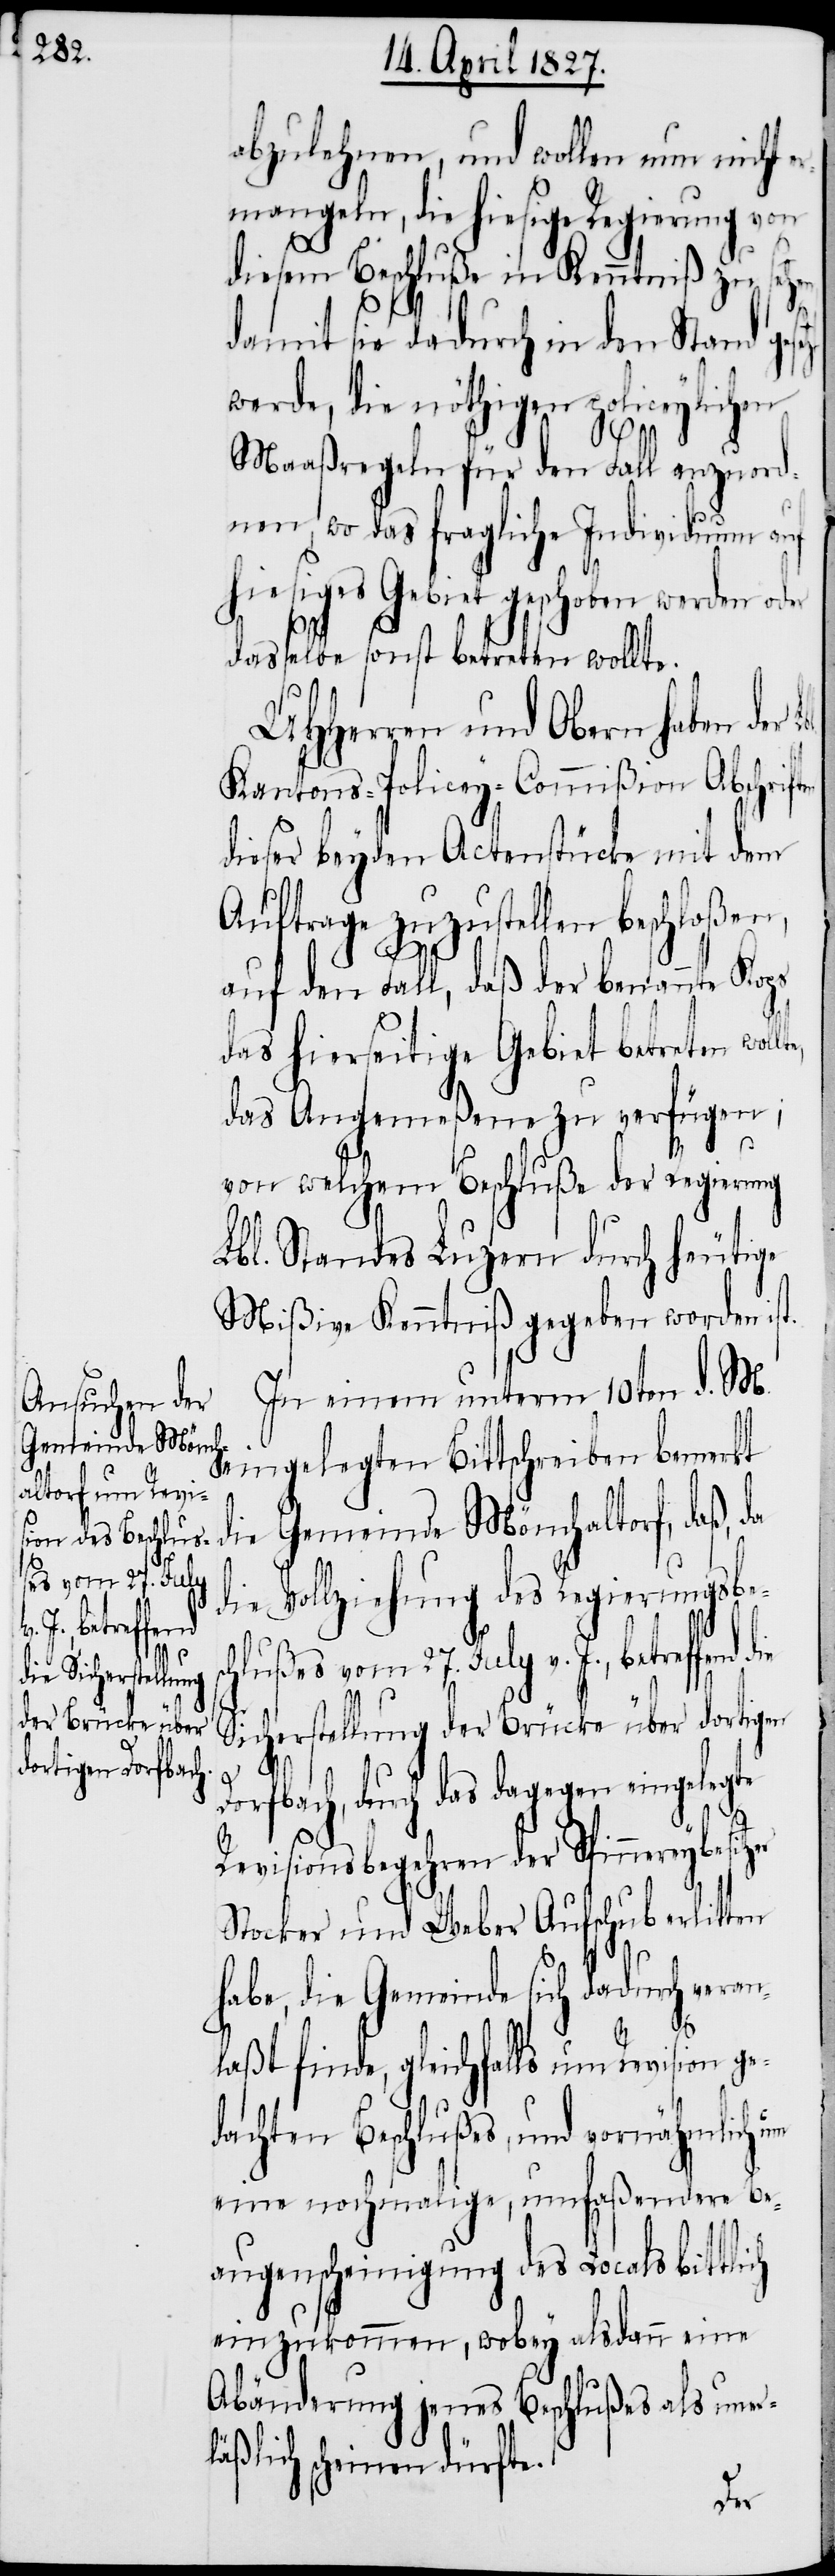
abzulehnen, und wollen nun nicht
ermangeln, die hiesige Regierung von
diesem Beschluße in Kenntniß zu setze¬
damit sie dadurch in den Stand ges¬
werde, die nöthigen policeylichen
Maaßregeln für den Fall anzuord¬
nen, wo das fragliche Individuum auf
hiesiges Gebiet geschoben werden oder
dasselbe sonst betreten wollte.
UHHerren und Obern haben der
Kantons-Policey-Commißion Abschrift¬
dieser beyden Actenstücke mit dem
Auftrage zuzustellen beschloßen,
chlu¬
auf den Fall, daß der benannte Kops
das hierseitige Gebiet betreten wol¬
das Angemeßene zu verfügen;
vor welchem Beschluße der Regierung
Lbl. Standes Luzern durch heutige
Mißive Kenntniß gegeben worden is¬
In einem unterm 10ten d. M.
eingelegten Bittschreiben bemerkt
die Gemeinde Mönchaltorf, daß, da
ßes vom 27. July
Vollziehung des Regierungsbes¬
die
J., betreffend
Sicherstellung der Brücke über dortigen
Dorfbach, durch das dagegen eingelegte
Revisionsbegehren der Spinnereybesitzer
Stocker und Weber Aufschub erlitten
habe, die Gemeinde sich dadurch veran¬
v.
laßt finde, gleichfalls um Revision ge¬
dachten Beschlußes, und vornähmlich um
eine nochmalige, umfaßendere Be¬
augenscheinigung des Locals bittlich
einzukommen, wobey alsdann eine
Abänderung jenes Beschlußes als uner¬
läßlich scheinen dürfte.
lte,